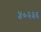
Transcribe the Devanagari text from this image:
५०२३६